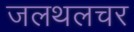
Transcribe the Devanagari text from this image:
जलथलचर